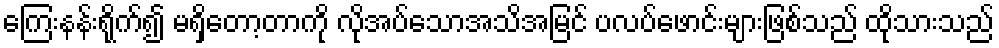
ကြေးနန်းရိုက်၍ မရှိတော့တာကို လိုအပ်သောအသိအမြင် ပလပ်ဖောင်းများဖြစ်သည် ထိုသားသည်